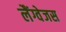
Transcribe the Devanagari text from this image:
लैंग्वेजस